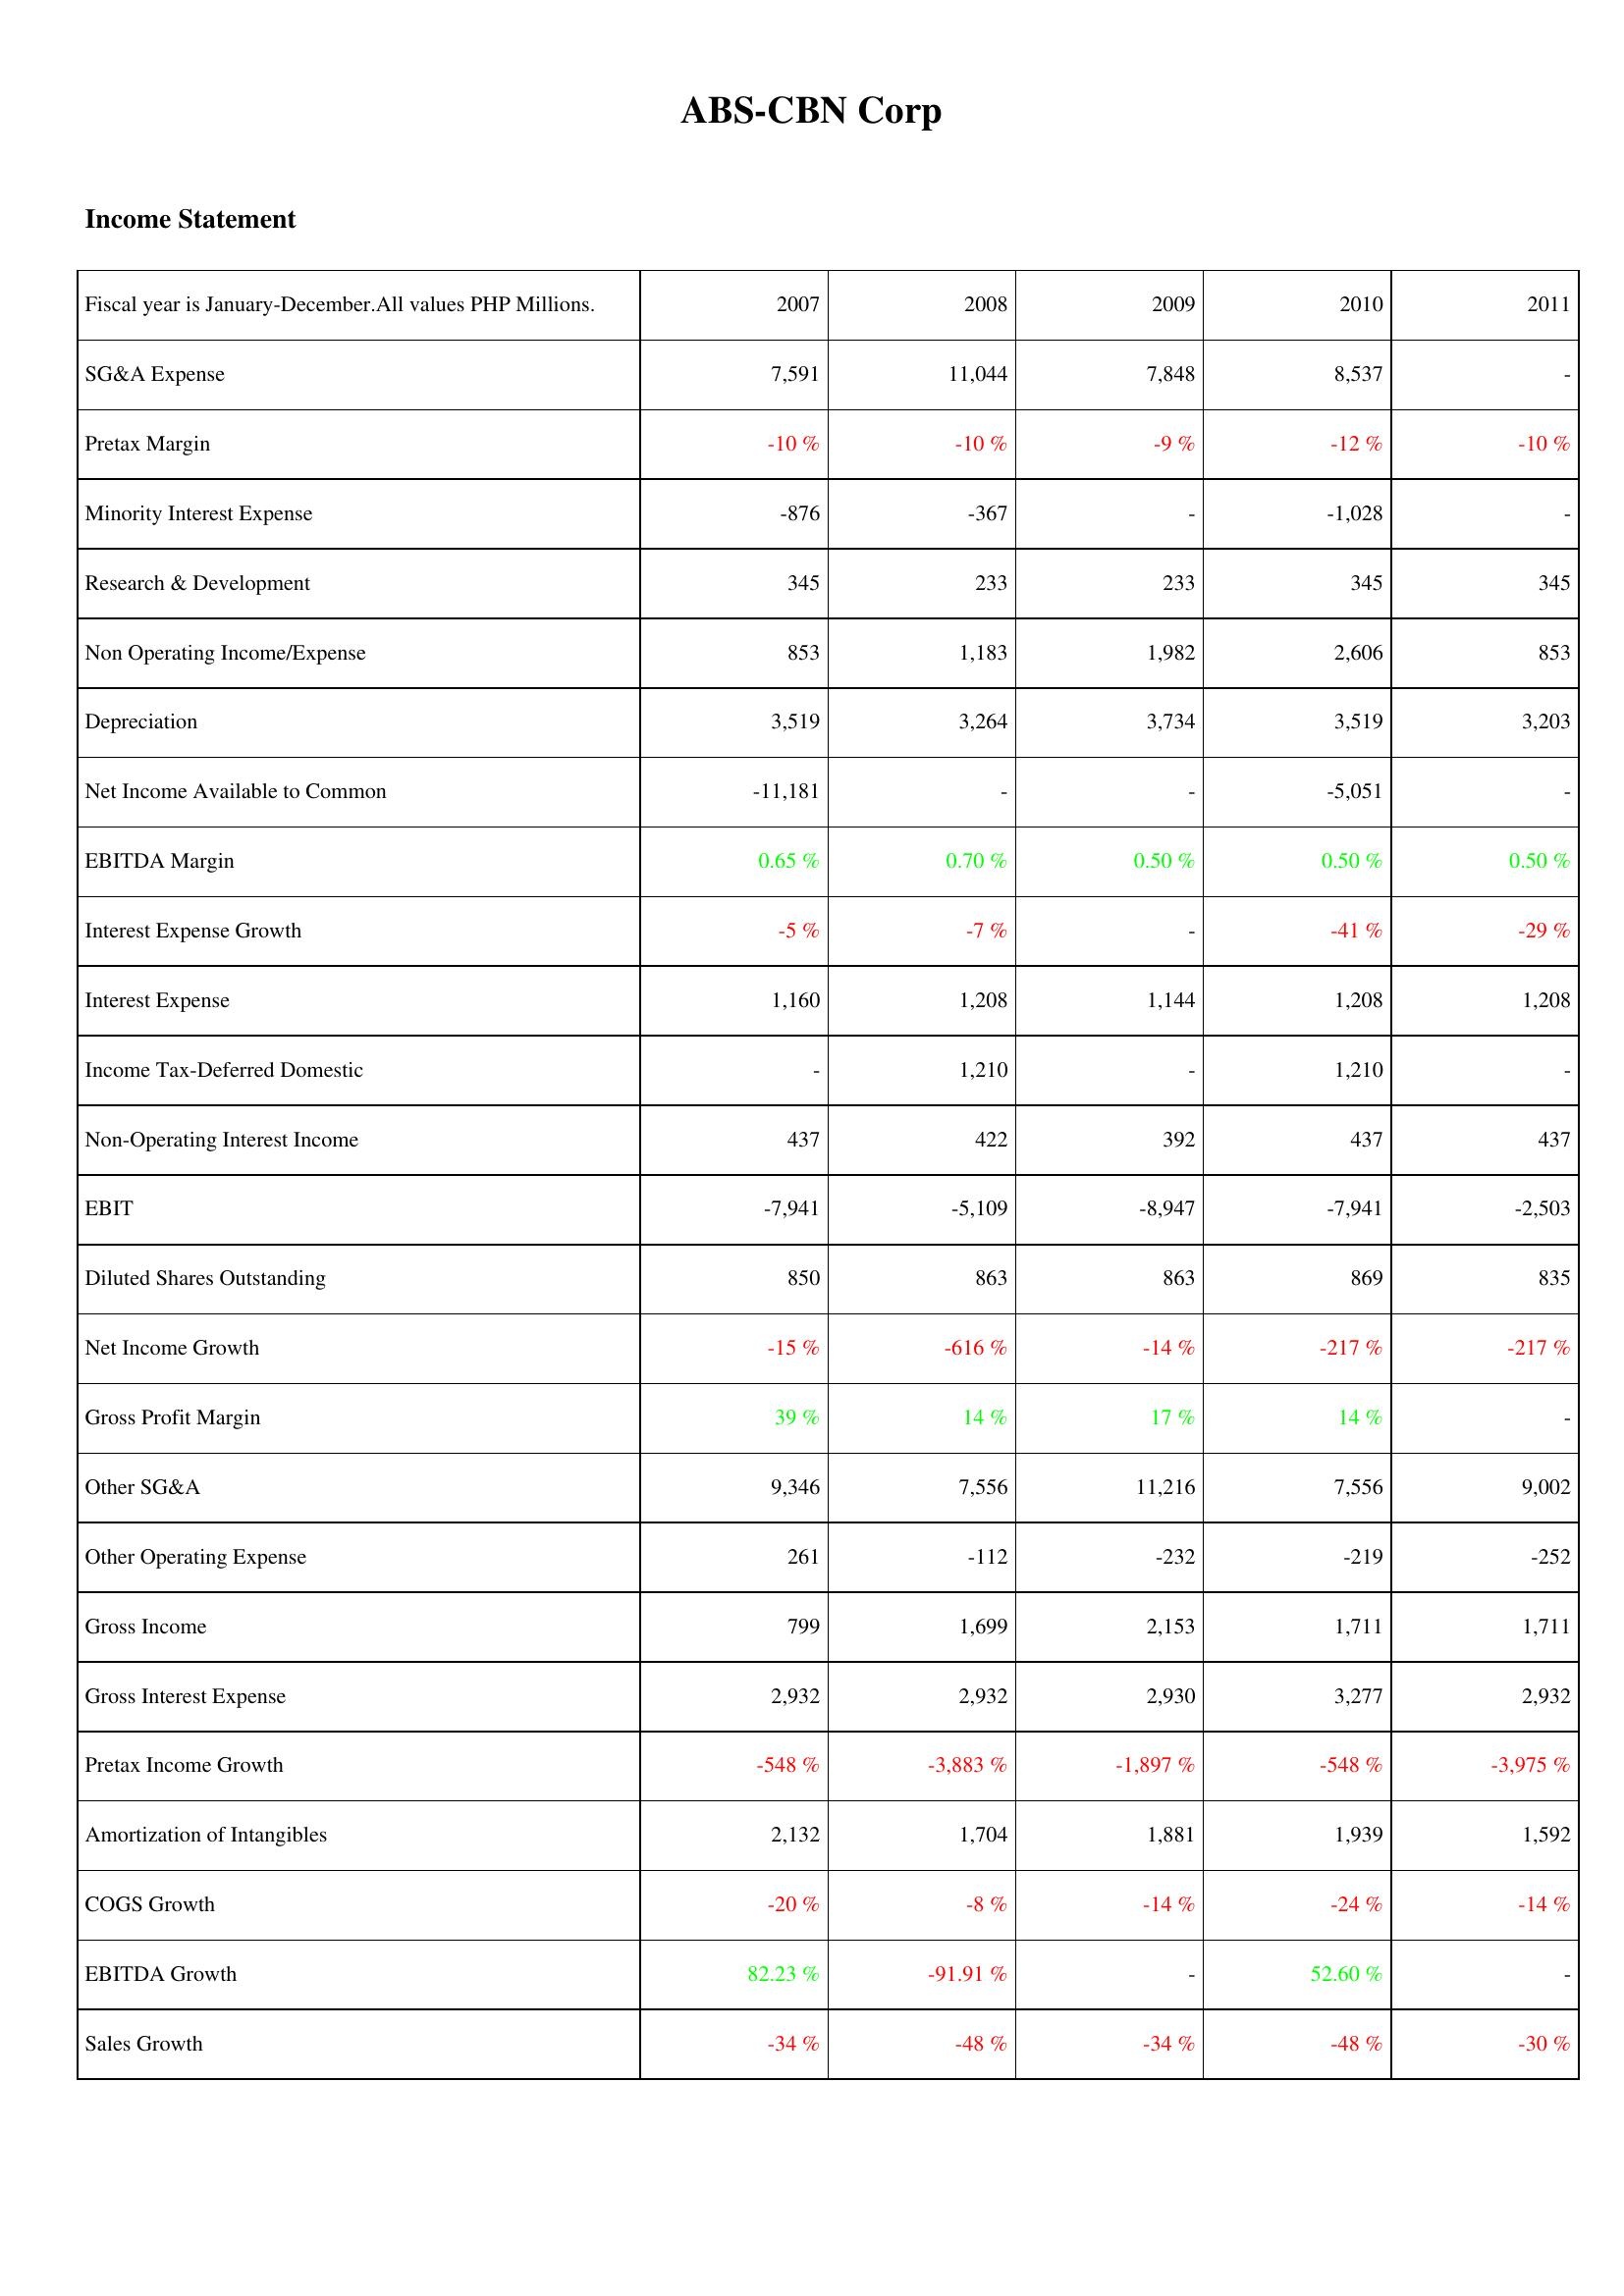
2007: Income Statement: SG&A Expense: 7,591
Pretax Margin: -10 %
Minority Interest Expense: -876
Research & Development: 345
Non Operating Income/Expense: 853
Depreciation: 3,519
Net Income Available to Common: -11,181
EBITDA Margin: 0.65 %
Interest Expense Growth: -5 %
Interest Expense: 1,160
Income Tax-Deferred Domestic: -
Non-Operating Interest Income: 437
EBIT: -7,941
Diluted Shares Outstanding: 850
Net Income Growth: -15 %
Gross Profit Margin: 39 %
Other SG&A: 9,346
Other Operating Expense: 261
Gross Income: 799
Gross Interest Expense: 2,932
Pretax Income Growth: -548 %
Amortization of Intangibles: 2,132
COGS Growth: -20 %
EBITDA Growth: 82.23 %
Sales Growth: -34 %
2008: Income Statement: SG&A Expense: 11,044
Pretax Margin: -10 %
Minority Interest Expense: -367
Research & Development: 233
Non Operating Income/Expense: 1,183
Depreciation: 3,264
Net Income Available to Common: -
EBITDA Margin: 0.70 %
Interest Expense Growth: -7 %
Interest Expense: 1,208
Income Tax-Deferred Domestic: 1,210
Non-Operating Interest Income: 422
EBIT: -5,109
Diluted Shares Outstanding: 863
Net Income Growth: -616 %
Gross Profit Margin: 14 %
Other SG&A: 7,556
Other Operating Expense: -112
Gross Income: 1,699
Gross Interest Expense: 2,932
Pretax Income Growth: -3,883 %
Amortization of Intangibles: 1,704
COGS Growth: -8 %
EBITDA Growth: -91.91 %
Sales Growth: -48 %
2009: Income Statement: SG&A Expense: 7,848
Pretax Margin: -9 %
Minority Interest Expense: -
Research & Development: 233
Non Operating Income/Expense: 1,982
Depreciation: 3,734
Net Income Available to Common: -
EBITDA Margin: 0.50 %
Interest Expense Growth: -
Interest Expense: 1,144
Income Tax-Deferred Domestic: -
Non-Operating Interest Income: 392
EBIT: -8,947
Diluted Shares Outstanding: 863
Net Income Growth: -14 %
Gross Profit Margin: 17 %
Other SG&A: 11,216
Other Operating Expense: -232
Gross Income: 2,153
Gross Interest Expense: 2,930
Pretax Income Growth: -1,897 %
Amortization of Intangibles: 1,881
COGS Growth: -14 %
EBITDA Growth: -
Sales Growth: -34 %
2010: Income Statement: SG&A Expense: 8,537
Pretax Margin: -12 %
Minority Interest Expense: -1,028
Research & Development: 345
Non Operating Income/Expense: 2,606
Depreciation: 3,519
Net Income Available to Common: -5,051
EBITDA Margin: 0.50 %
Interest Expense Growth: -41 %
Interest Expense: 1,208
Income Tax-Deferred Domestic: 1,210
Non-Operating Interest Income: 437
EBIT: -7,941
Diluted Shares Outstanding: 869
Net Income Growth: -217 %
Gross Profit Margin: 14 %
Other SG&A: 7,556
Other Operating Expense: -219
Gross Income: 1,711
Gross Interest Expense: 3,277
Pretax Income Growth: -548 %
Amortization of Intangibles: 1,939
COGS Growth: -24 %
EBITDA Growth: 52.60 %
Sales Growth: -48 %
2011: Income Statement: SG&A Expense: -
Pretax Margin: -10 %
Minority Interest Expense: -
Research & Development: 345
Non Operating Income/Expense: 853
Depreciation: 3,203
Net Income Available to Common: -
EBITDA Margin: 0.50 %
Interest Expense Growth: -29 %
Interest Expense: 1,208
Income Tax-Deferred Domestic: -
Non-Operating Interest Income: 437
EBIT: -2,503
Diluted Shares Outstanding: 835
Net Income Growth: -217 %
Gross Profit Margin: -
Other SG&A: 9,002
Other Operating Expense: -252
Gross Income: 1,711
Gross Interest Expense: 2,932
Pretax Income Growth: -3,975 %
Amortization of Intangibles: 1,592
COGS Growth: -14 %
EBITDA Growth: -
Sales Growth: -30 %